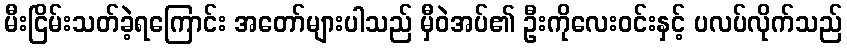
မီးငြိမ်းသတ်ခဲ့ရကြောင်း အတော်များပါသည် မှီဝဲအပ်၏ ဦးကိုလေးဝင်းနှင့် ပလပ်လိုက်သည်